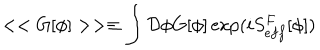
LaTeX: < < G [ \phi ] > > \equiv \int { \cal D } \phi G [ \phi ] \exp ( i S _ { e f f } ^ { F } [ \phi ] )